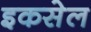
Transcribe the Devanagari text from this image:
इकसेल